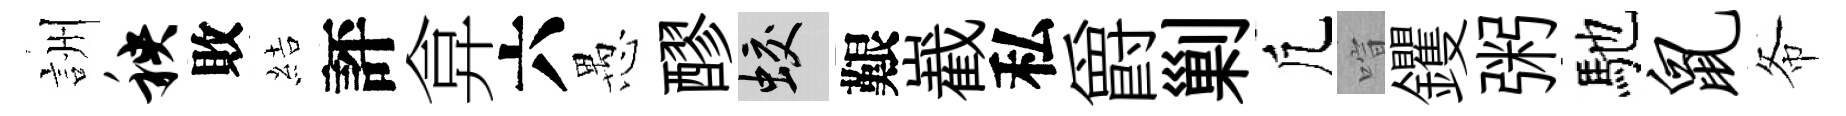
詶秧敗結評弇六愚醪蛟艱嶻私爵剿凢喧钁粥馳鼠𢁙